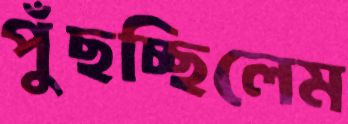
পুঁছচ্ছিলেম